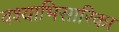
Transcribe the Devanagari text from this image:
वश्याभिसारिका